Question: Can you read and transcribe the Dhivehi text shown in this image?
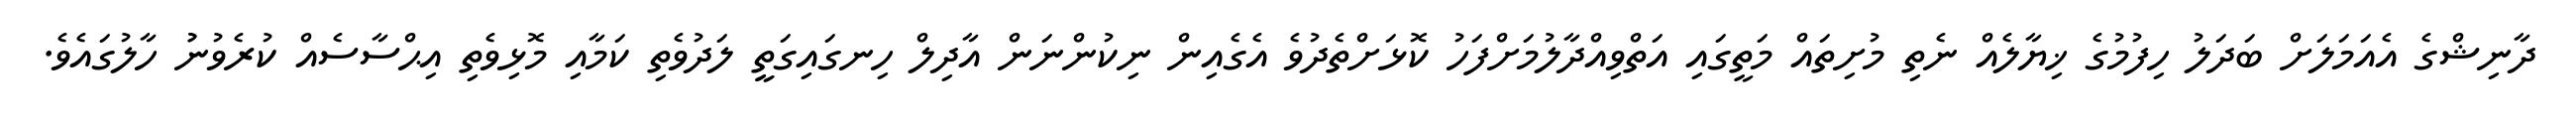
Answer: ދާނިޝްގެ އެއަމަލަށް ބަދަލު ހިފުމުގެ ޚިޔާލެއް ނެތި މުށިތައް މަތީގައި އަތްވިއްދާލުމަށްފަހު ކޮޅަށްތެދުވެ އެގެއިން ނިކުންނަން އާދިލް ހިނގައިގަތީީ ލަދުވެތި ކަމާއި މޮޅިވެތި އިޙްސާސެއް ކުރެވުނުު ހާލުގައެވެ.